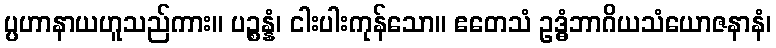
ပ္ပဟာနာယဟူသည်ကား။ ပဉ္စန္နံ၊ ငါးပါးကုန်သော။ ဧတေသံ ဥဒ္ဓံဘာဂိယသံယောဇနာနံ၊